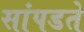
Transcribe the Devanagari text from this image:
सांपडते